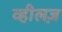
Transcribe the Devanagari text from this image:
व्हीलज़